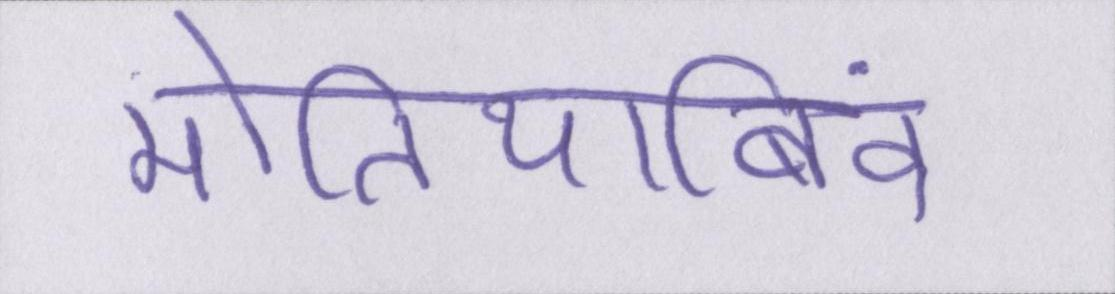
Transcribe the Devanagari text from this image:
मोतियाबिंद